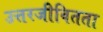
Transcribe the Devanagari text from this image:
उत्तरजीवितता